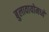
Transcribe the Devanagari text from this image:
बुलावायोमध्ये